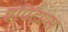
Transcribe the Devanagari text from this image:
इपिटॉप्स